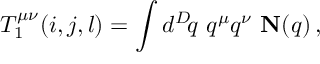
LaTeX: T _ { 1 } ^ { \mu \nu } ( i , j , l ) = \int d ^ { D } \! q \, \, q ^ { \mu } q ^ { \nu } \, \, { \bf N } ( q ) \, ,